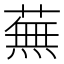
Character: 蕪